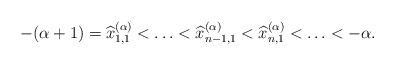
LaTeX: \begin{align*} -(\alpha+1)=\widehat{x} _{1,1}^{(\alpha)}<\ldots<\widehat{x} _{n-1,1}^{(\alpha )}<\widehat{x} _{n,1}^{(\alpha )}<\ldots<-\alpha. \end{align*}